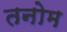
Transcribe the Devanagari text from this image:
तनोम